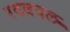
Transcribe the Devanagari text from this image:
रदबदल